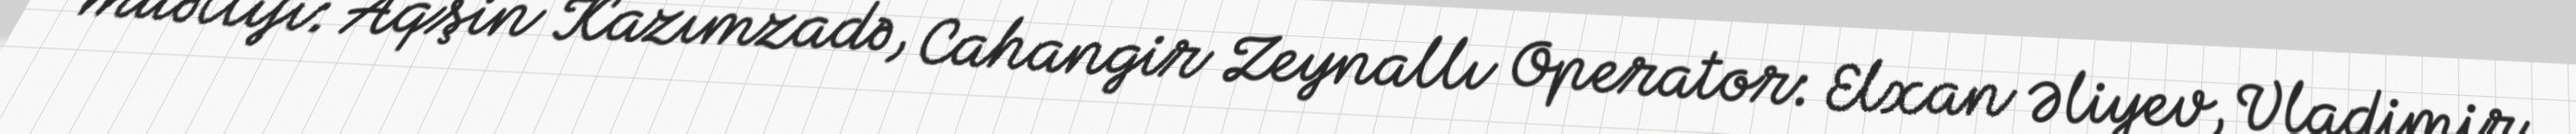
müəllifi: Aqşin Kazımzadə, Cahangir Zeynallı Operator: Elxan Əliyev, Vladimir